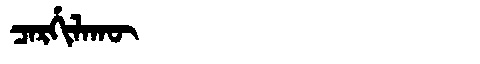
Manchu: ᠴᠠᡵᡤᡳᠯᠠᡴᡡ
Romanization: CARGILAKŪ